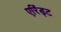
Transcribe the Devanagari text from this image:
एरिंड्ट